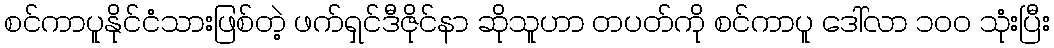
စင်ကာပူနိုင်ငံသားဖြစ်တဲ့ ဖက်ရှင်ဒီဇိုင်နာ ဆိုသူဟာ တပတ်ကို စင်ကာပူ ဒေါ်လာ ၁၀၀ သုံးပြီး